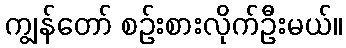
ကျွန်တော် စဉ်းစားလိုက်ဦးမယ်။